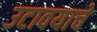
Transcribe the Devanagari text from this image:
उटावयाचे